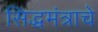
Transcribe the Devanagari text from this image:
सिद्धमंत्राचे